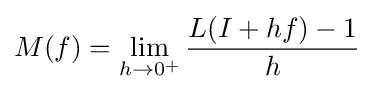
M(f)=\lim _{h\rightarrow 0^{+}}{\frac {L(I+hf)-1}{h}}